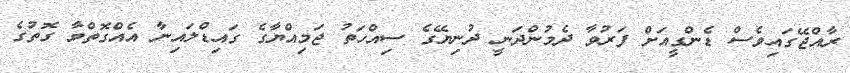
ރާއްޖޭގައިވެސް ޑެންގީއަށް ފަރުވާ ދެމުންދަނީ ދުނިޔޭގެ ސިއްހަތު ޖަމިއްޔާގެ ގައިޑްލައިނާ އެއްގޮތްވާ ގޮތުގެ